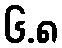
၆.၈